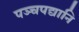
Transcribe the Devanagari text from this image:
पञ्चपद्यानि